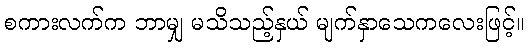
စကားလက်က ဘာမျှ မသိသည့်နှယ် မျက်နှာသေကလေးဖြင့်။